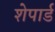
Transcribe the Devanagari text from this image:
शेपार्ड